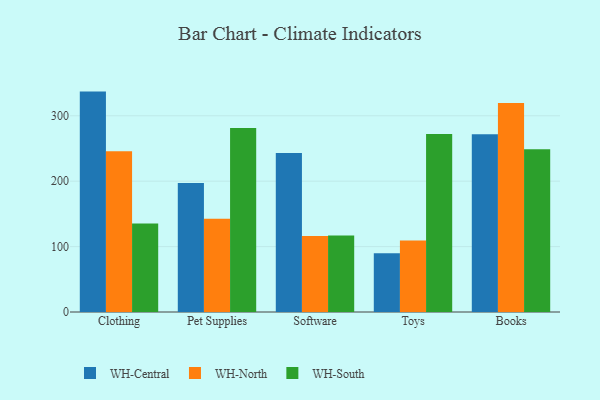
{"axis": {"x": "Category", "y": "LTV (USD)"}, "legend": ["WH-Central", "WH-North", "WH-South"], "data": [{"x": "Clothing", "y": 337.0, "type": "WH-Central"}, {"x": "Clothing", "y": 245.7, "type": "WH-North"}, {"x": "Clothing", "y": 135.4, "type": "WH-South"}, {"x": "Pet Supplies", "y": 197.4, "type": "WH-Central"}, {"x": "Pet Supplies", "y": 142.7, "type": "WH-North"}, {"x": "Pet Supplies", "y": 281.4, "type": "WH-South"}, {"x": "Software", "y": 243.0, "type": "WH-Central"}, {"x": "Software", "y": 116.2, "type": "WH-North"}, {"x": "Software", "y": 116.8, "type": "WH-South"}, {"x": "Toys", "y": 89.9, "type": "WH-Central"}, {"x": "Toys", "y": 109.5, "type": "WH-North"}, {"x": "Toys", "y": 272.1, "type": "WH-South"}, {"x": "Books", "y": 271.8, "type": "WH-Central"}, {"x": "Books", "y": 319.5, "type": "WH-North"}, {"x": "Books", "y": 248.7, "type": "WH-South"}]}